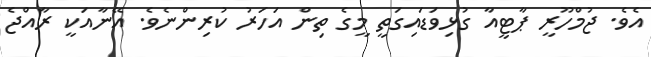
އެވެ. ޖުމްހޫރީ ޕާޓީއާ ގުޅިވަޑައިގަތީ މީގެ ތިން އަހަރު ކުރިންނެވެ. އޭނާއަކީ ރާއްޖެ